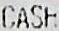
CASH